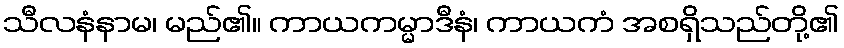
သီလနံနာမ၊ မည်၏။ ကာယကမ္မာဒီနံ၊ ကာယကံ အစရှိသည်တို့၏